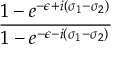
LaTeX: \frac { 1 - e ^ { - \epsilon + i ( \sigma _ { 1 } - \sigma _ { 2 } ) } } { 1 - e ^ { - \epsilon - i ( \sigma _ { 1 } - \sigma _ { 2 } ) } }